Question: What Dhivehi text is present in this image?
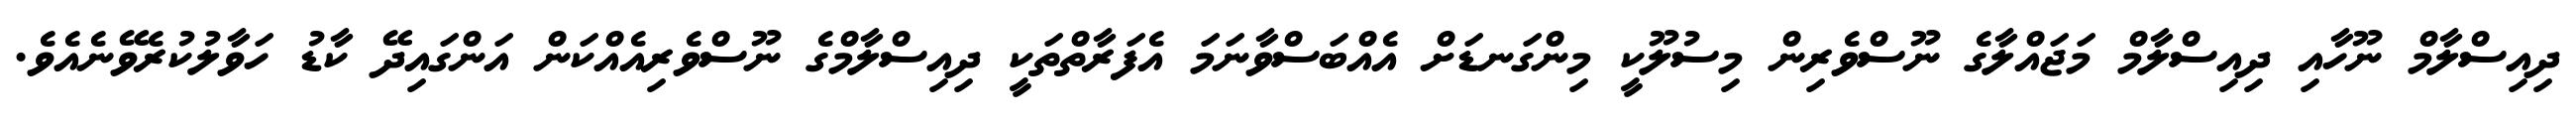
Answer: ދިއިސްލާމް ނޫހާއި ދިއިސްލާމް މަޖައްލާގެ ނޫސްވެރިން މިސުލޫކީ މިންގަނޑަށް އެއްބަސްވާނަމަ އެފަރާތްތަކީ ދިއިސްލާމްގެ ނޫސްވެރިއެއްކަން އަންގައިދޭ ކާޑު ހަވާލުކުރެވޭނެއެވެ.